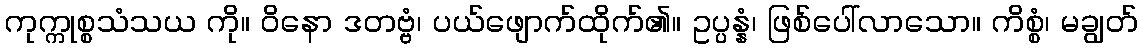
ကုက္ကုစ္စသံသယ ကို။ ဝိနော ဒတဗ္ဗံ၊ ပယ်ဖျောက်ထိုက်၏။ ဥပ္ပန္နံ၊ ဖြစ်ပေါ်လာသော။ ကိစ္စံ၊ မချွတ်